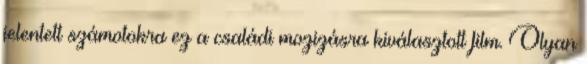
jelentett számotokra ez a családi mozizásra kiválasztott film. Olyan